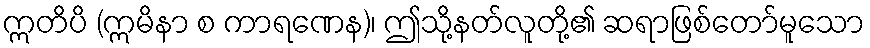
ဣတိပိ (ဣမိနာ စ ကာရဏေန)၊ ဤသို့နတ်လူတို့၏ ဆရာဖြစ်တော်မူသော